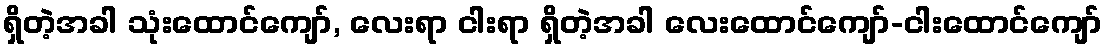
ရှိတဲ့အခါ သုံးထောင်ကျော်, လေးရာ ငါးရာ ရှိတဲ့အခါ လေးထောင်ကျော်-ငါးထောင်ကျော်